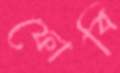
ফোবি